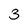
Character: 3